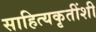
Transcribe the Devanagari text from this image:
साहित्यकृतींशी